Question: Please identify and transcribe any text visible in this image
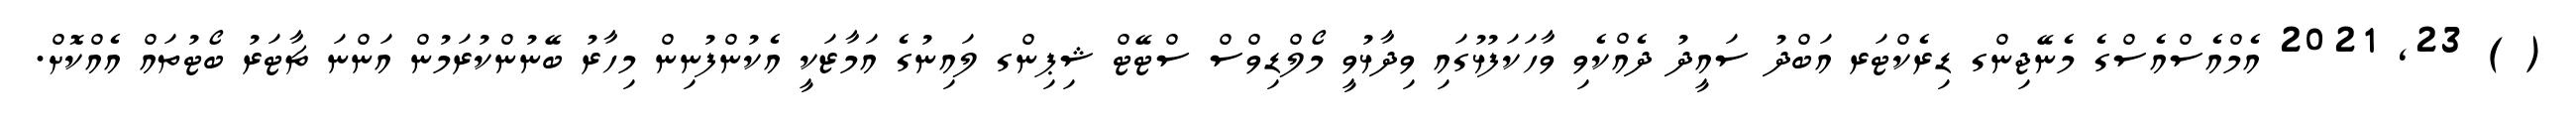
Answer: ( ) 23, 2021 އެމްއެސްއެސްގެ މެނޭޖިންގ ޑިރެކްޓަރ އަބްދު ސައީދު ދެއްކެވި ވާހަކަފުޅުގައި ވިދާޅުވީ މޯލްޑިވްސް ސްޓޭޓް ޝިޕިންގ ލައިނުގެ އަމާޒަކީ އެކުންފުނިން މިހާރު ބޭނުންކުރަމުން އަންނަ ޗާޓަރު ބޯޓުތައް އެއްކޮށް.